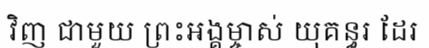
វិញ ជាមួយ ព្រះអង្គម្ចាស់ យុគន្ធរ ដែរ